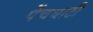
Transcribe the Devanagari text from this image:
पेंचघाटी